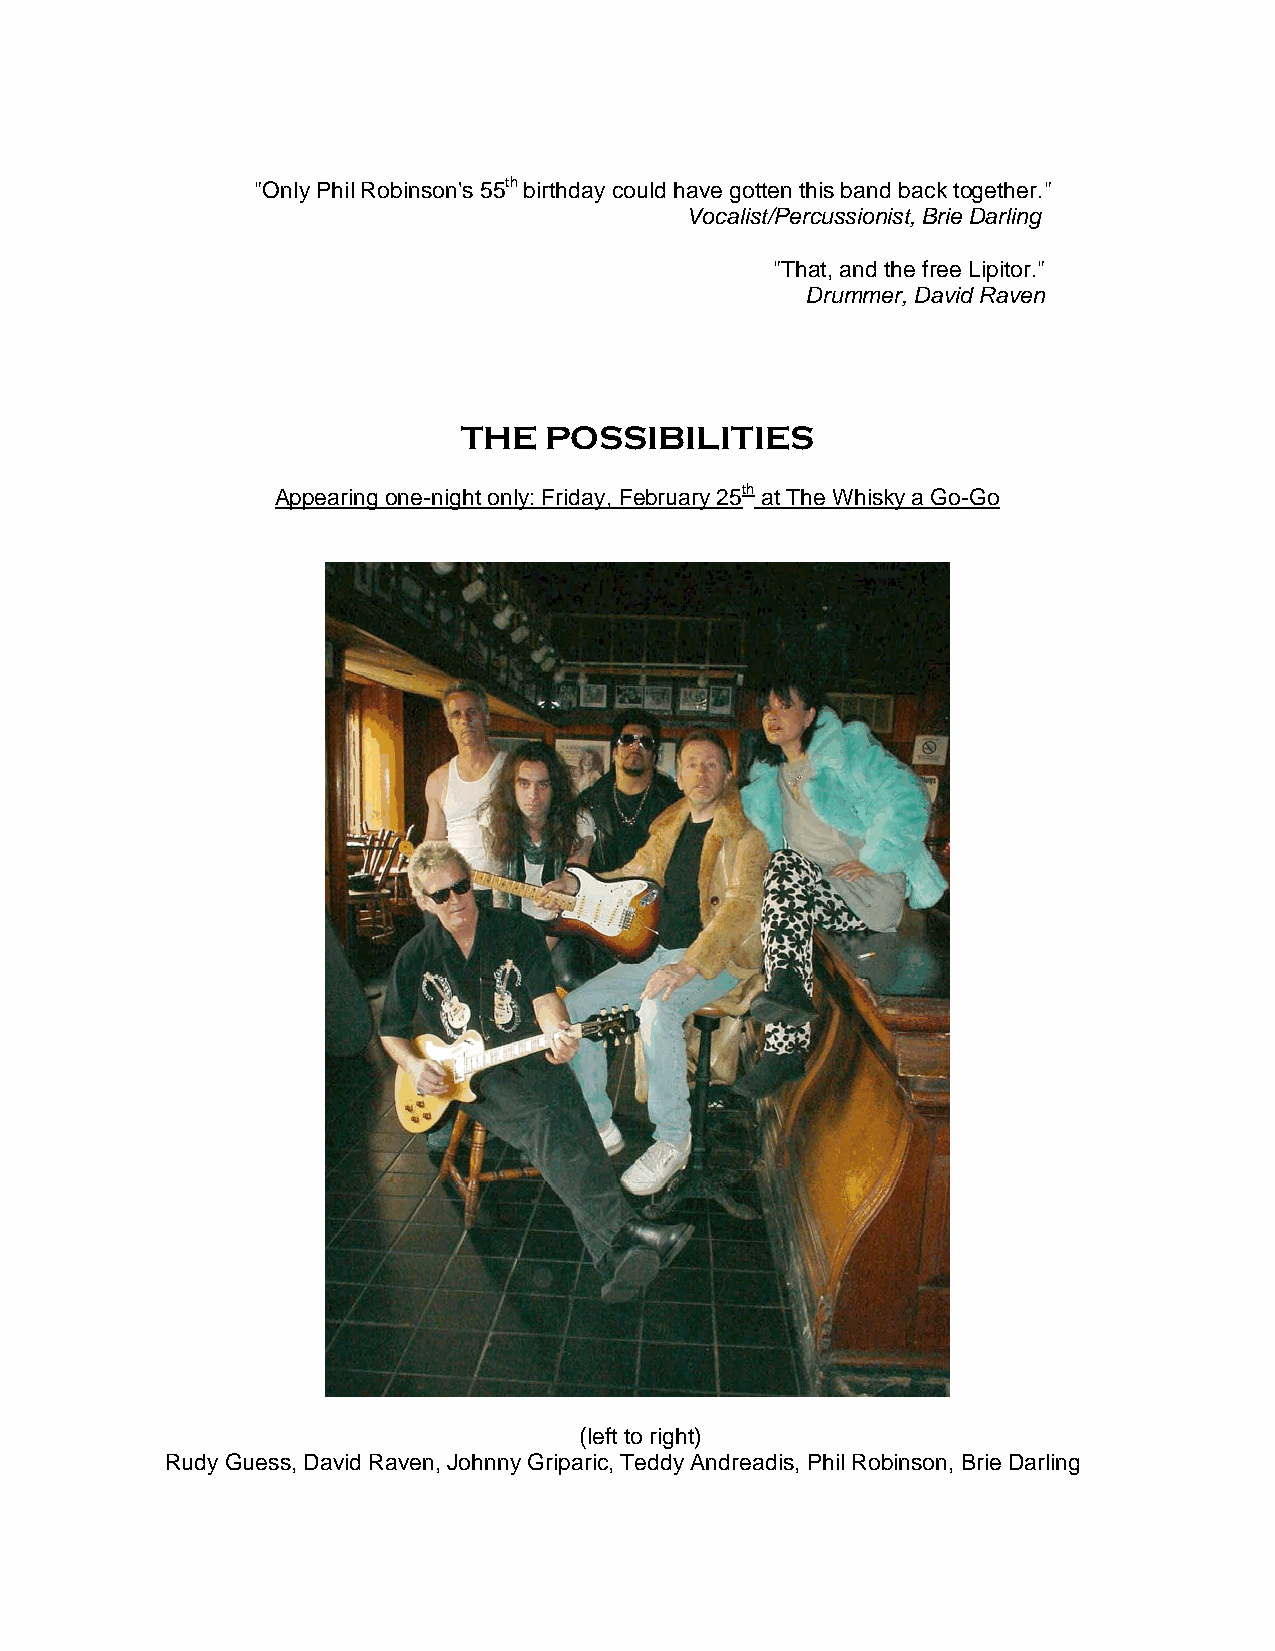
"Only Phil Robinson's 55th birthday could have gotten this band back together."
 Vocalist/Percussionist, Brie Darling
 "That, and the free Lipitor."
 Drummer, David Raven
 THE  POSSIBILITIES
 Appearing one-night only: Friday, February 25th at The Whisky a Go-Go
 (left to right)
 Rudy Guess, David Raven, Johnny Griparic, Teddy Andreadis, Phil Robinson, Brie Darling